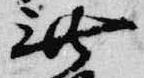
無